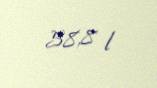
58,8 l